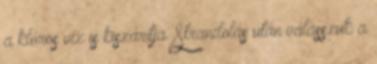
a klóros víz is kiszárítja. Strandolás után válasszuk a